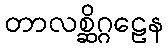
တာလစ္ဆိဂ္ဂဠေန